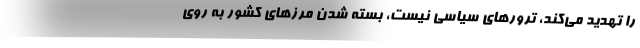
را تهدید می‌کند، ترورهای سیاسی نیست، بسته شدن مرزهای کشور به روی